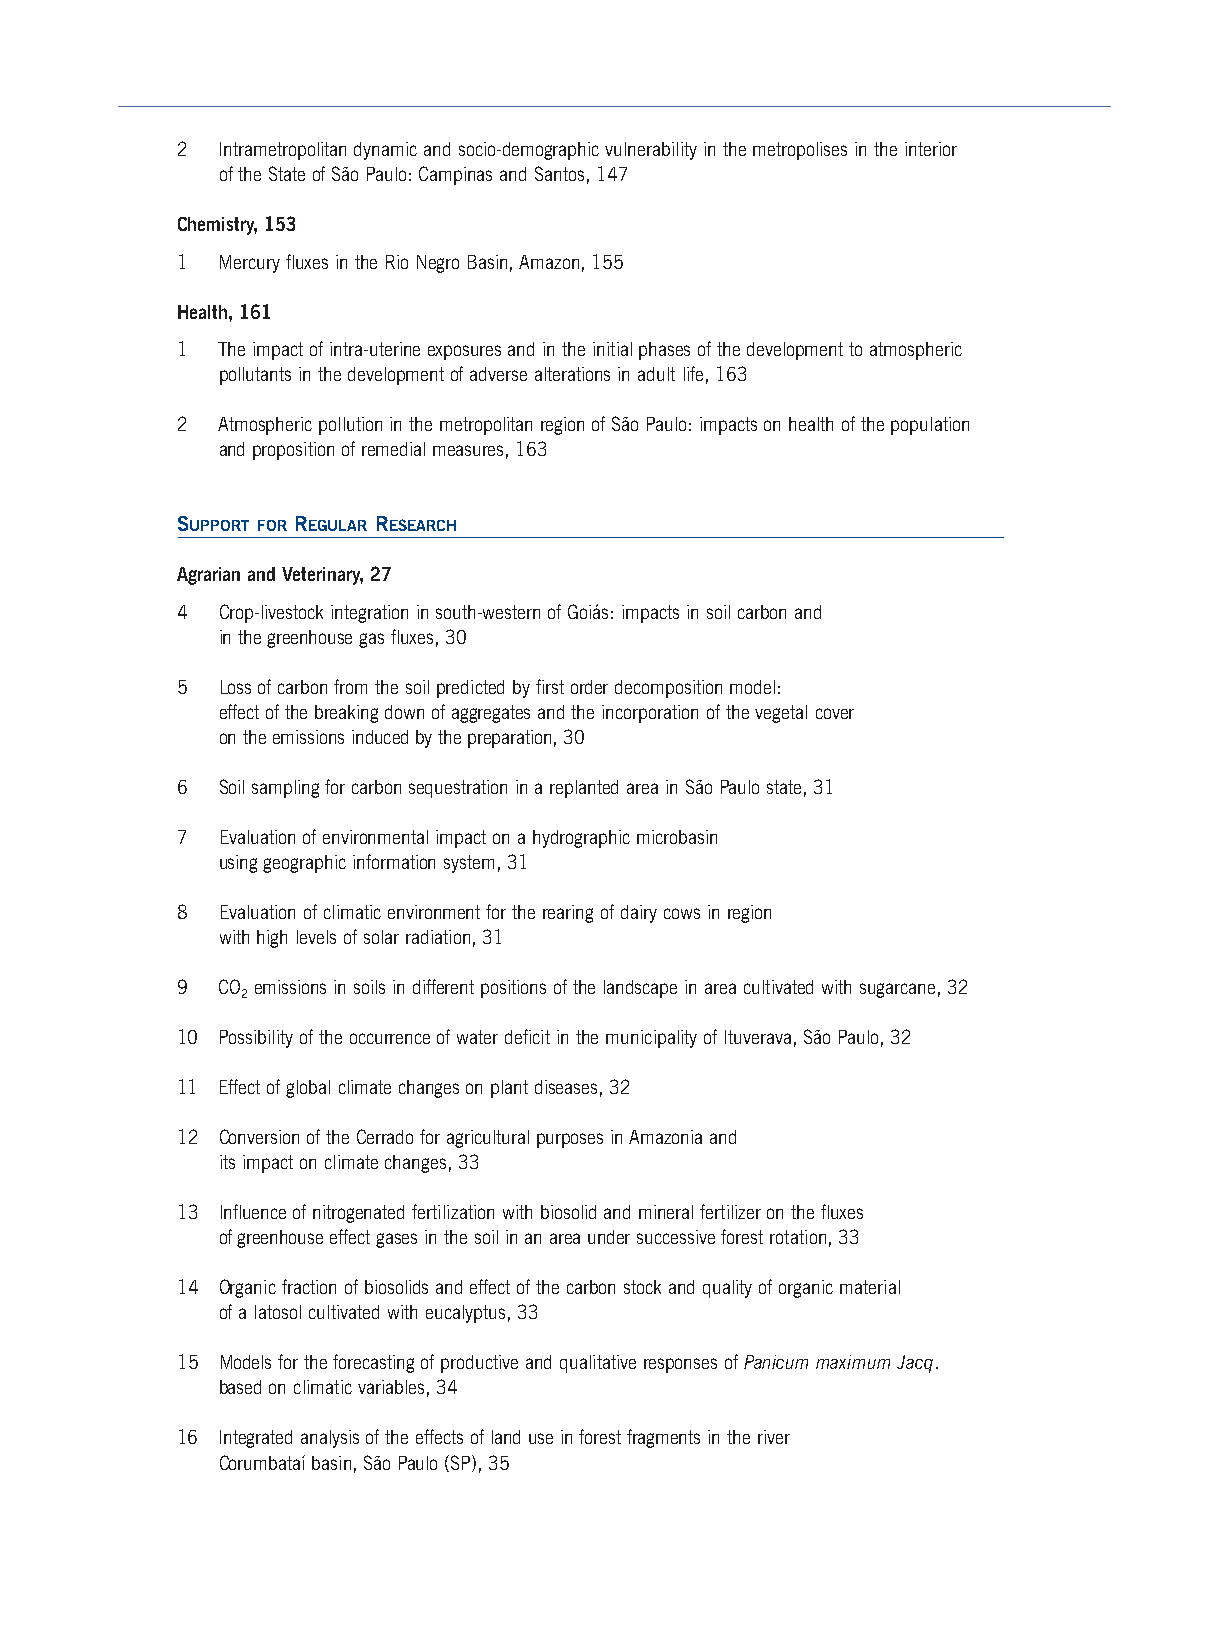
2 Intrametropolitan dynamic and socio-demographic vulnerability in the metropolises in the interior
 ofthe State of São Paulo: Campinas and Santos, 147
 Chemistry, 153
 1 Mercury fluxes in the Rio Negro Basin, Amazon, 155
 Health, 161
 1 The impact of intra-uterine exposures and in the initial phases of the development to atmospheric
 pollutants in the development of adverse alterations in adult life, 163
 2 Atmospheric pollution in the metropolitan region of São Paulo: impacts on health of the population
 and proposition of remedial measures, 163
 SUPPORT FOR REGULAR RESEARCH
 Agrarian and Veterinary, 27
 4 Crop-livestock integration in south-western of Goiás: impacts in soil carbon and
 in the greenhouse gas fluxes, 30
 5 Loss of carbon from the soil predicted by first order decomposition model:
 effect of the breaking down of aggregates and the incorporation of the vegetal cover
 on the emissions induced by the preparation,30
 6 Soil sampling for carbon sequestration in a replanted area in São Paulo state, 31
 7 Evaluation of environmental impact on a hydrographic microbasin
 using geographic information system, 31
 8 Evaluation of climatic environment for the rearing of dairy cows in region
 with high levels of solar radiation,31
 9 CO emissions in soils in different positions of the landscape in area cultivated with sugarcane, 32
 2
 10 Possibility of the occurrence of water deficit in the municipality of Ituverava, São Paulo, 32
 11 Effect of global climate changes on plant diseases, 32
 12 Conversion of the Cerrado for agricultural purposes in Amazonia and
 its impact on climate changes, 33
 13 Influence of nitrogenated fertilization with biosolid and mineral fertilizer on the fluxes
 of greenhouse effect gases in the soil in an area under successive forest rotation, 33
 14 Organic fraction of biosolids and effect of the carbon stock and quality of organic material
 of a latosol cultivated with eucalyptus, 33
 15 Models for the forecasting of productive and qualitative responses of Panicum maximum Jacq.
 based on climatic variables, 34
 16 Integrated analysis of the effects of land use in forest fragments in the river
 Corumbataí basin,São Paulo (SP), 35